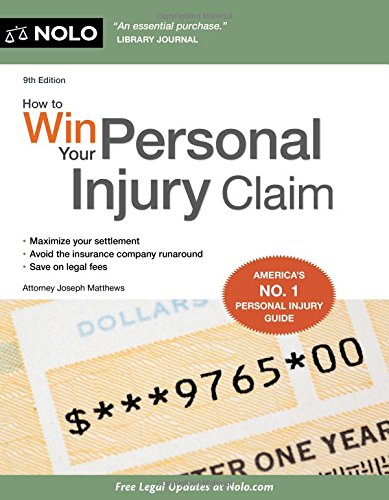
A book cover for How to Win Your Personal Injury Claim; Joseph Matthews Attorney; Law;